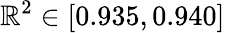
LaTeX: \mathbb{R}^{2}\in[0.935,0.940]